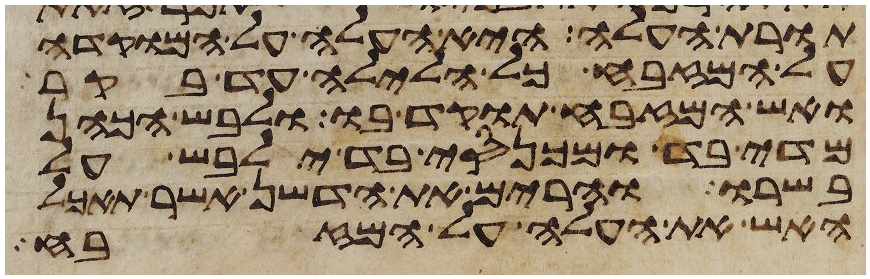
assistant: תורת העלה היא העלה על המוקדה
על המזבח כל הלילה עד בקר
ואש המזבח תוקד בו ולבש הכהן
מדי בד ומכנסי בד ילבש על
בשרו והרים את הדשן אשר תאכל
האש את העלה על המזבח